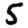
Digit: 5